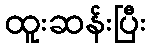
ထူးဆန်းပြီး